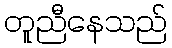
တူညီနေသည်